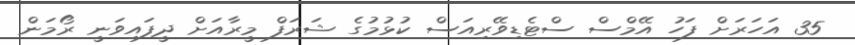
35 އަހަރަށް ފަހު އޭމްސް ސްޓެޑިވޭރިއަސް ކުޅުމުގެ ޝަރަފް މީރާއަށް ދީފައިވަނީ ރޯމަން